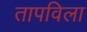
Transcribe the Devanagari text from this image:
तापविला